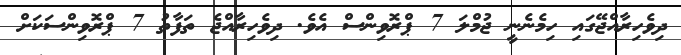
ދިވެހިރާއްޖޭގައި ހިމެނެނީ ޖުމްލަ 7 ޕްރޮވިންސް އެވެ. ދިވެހިރާއްޖެ ތަފާތު 7 ޕްރޮވިންސަކަށް